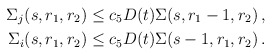
\begin{align*} \Sigma_{j}(s,r_1,r_2)\le c_5 D(t)\Sigma(s,r_1-1,r_2)\, ,\\ \Sigma_{i}(s,r_1,r_2)\le c_5 D(t)\Sigma(s-1,r_1,r_2)\, .\end{align*}